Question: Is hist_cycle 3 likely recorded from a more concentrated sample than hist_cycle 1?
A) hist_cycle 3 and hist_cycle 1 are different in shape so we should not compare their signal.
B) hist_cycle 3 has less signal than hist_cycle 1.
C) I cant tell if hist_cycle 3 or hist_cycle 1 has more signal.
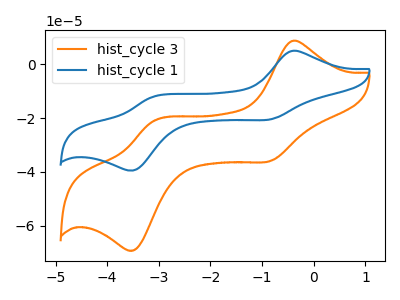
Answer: <think>The orange curve "hist_cycle 3" has anodic peaks at (-0.40V, 8.55uA) (-3.10V, -21.25uA) and cathodic peaks at (-0.85V, -35.85uA) (-3.45V, -68.95uA). The blue curve "hist_cycle 1" has anodic peaks at (-0.40V, 4.85uA) (-3.10V, -12.15uA) and cathodic peaks at (-0.85V, -20.45uA) (-3.45V, -39.35uA).
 All the peaks in "hist_cycle 3" have a peak in "hist_cycle 1" at the same potential.</think>
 <answer>C) I cant tell if "hist_cycle 3" or "hist_cycle 1" has more signal.</answer>
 <eval>C</eval>